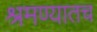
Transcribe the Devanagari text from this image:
श्रमण्यातच